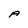
Character: A